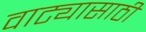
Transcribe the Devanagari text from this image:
वाट्यासाठी